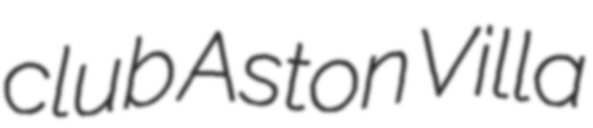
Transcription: club Aston Villa